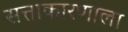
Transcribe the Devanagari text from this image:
सत्ताकारणाला